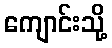
ကျောင်းသို့